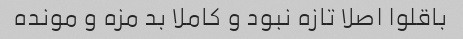
باقلوا اصلا تازه نبود و کاملا بد مزه و مونده